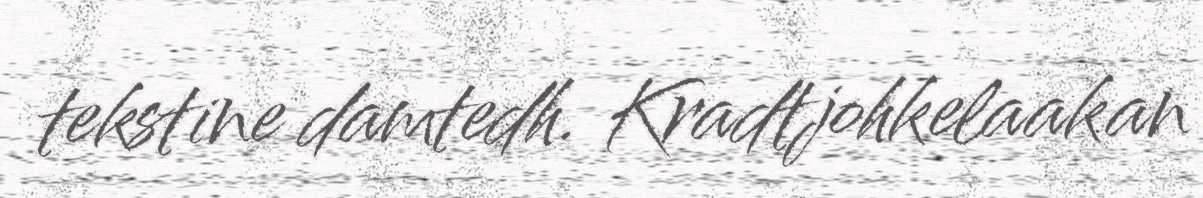
tekstine damtedh. Kradtjohkelaakan